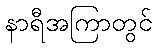
နာရီအကြာတွင်